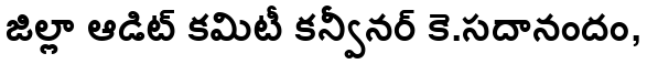
జిల్లా ఆడిట్ కమిటీ కన్వీనర్ కె.సదానందం,